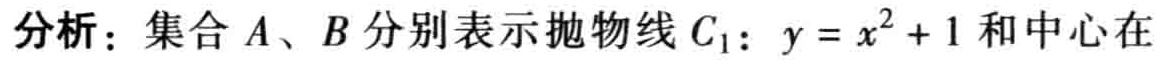
分析：集合\(A、B\)分别表示抛物线\(C_{1}:y = x^{2}+1\)和中心在